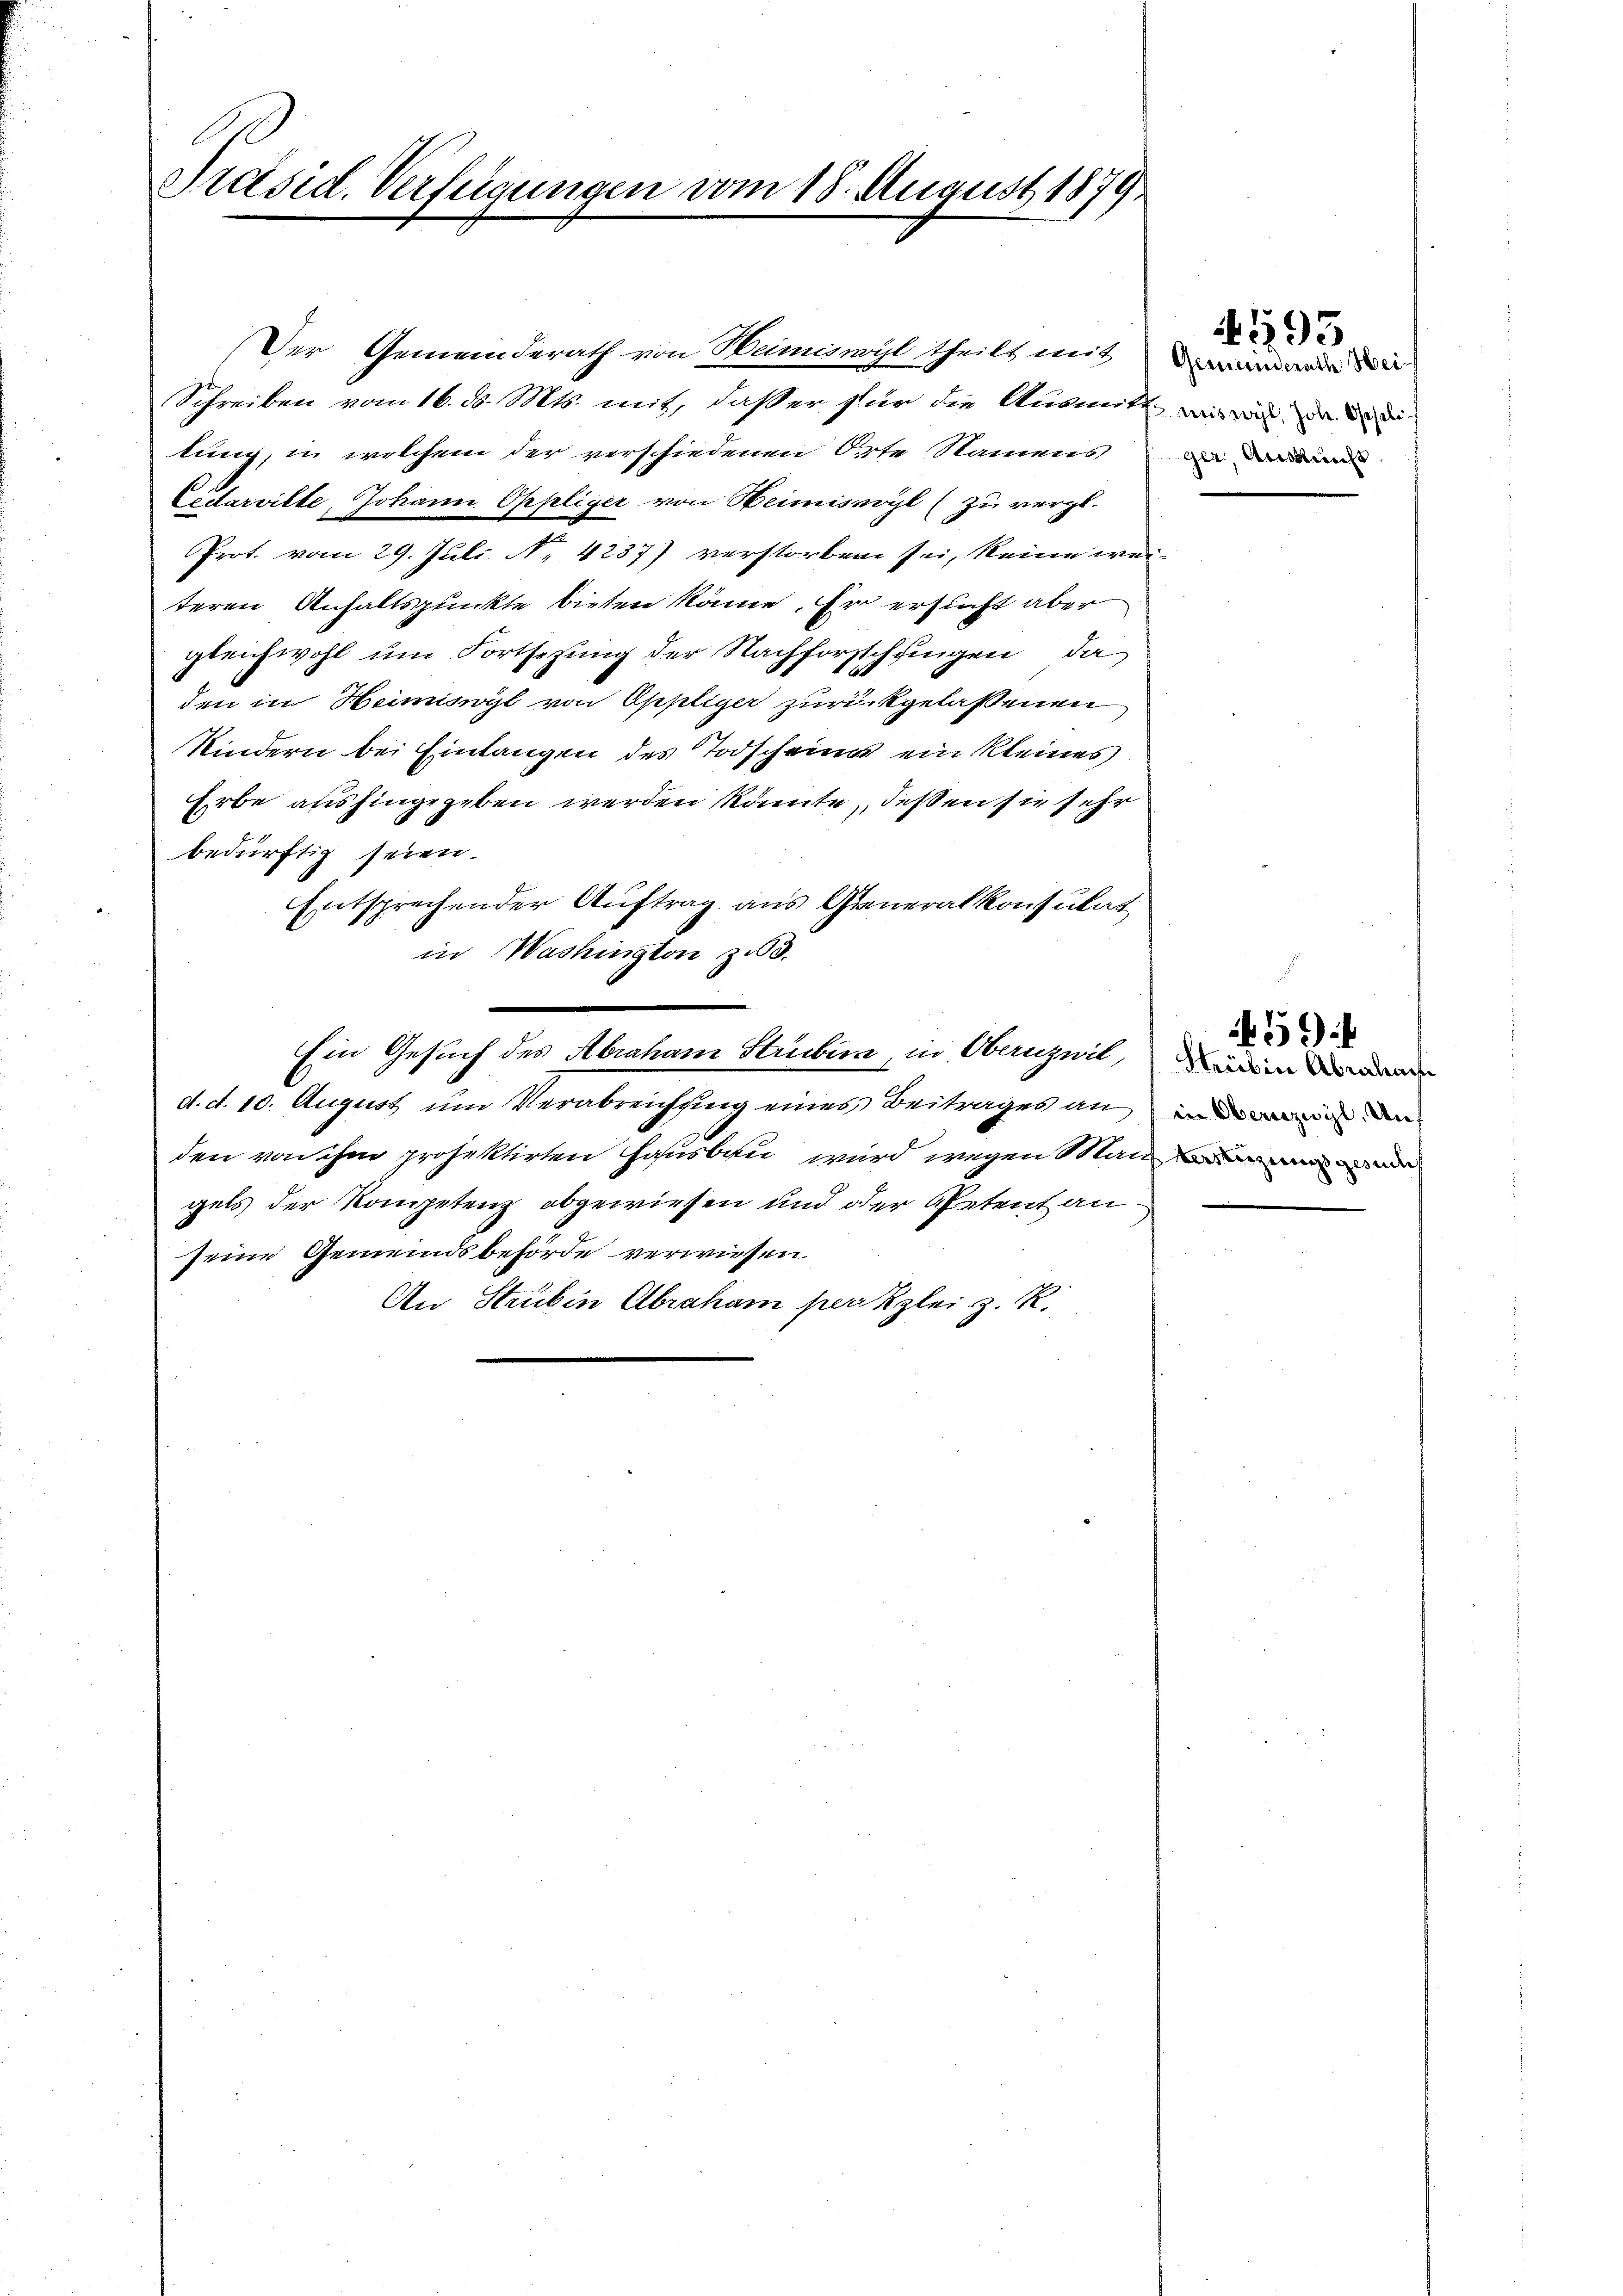
Präsid. Verfügungen vom 18. August 1879

Der Gemeinderath von Heimiswyl theilt mit
Schreiben vom 16. ds. Mts. mit, daß er für die Ausmitt wie war und
lung, in welchem der verschiedenen Orte Namens
Cidarvilte, Johann Oppliger von Heimissvyl (zu vergl.
Prot. vom 29. Juli No 4237) verstorben sei, keine we
teren Anhaltspunkte bieten könne. Er ersucht aber
gleichwohl um Fortsezung der Nachforschungen, da
den in Heimiswyl von Oppliger zurückgelassenen
Kindern bei Einlangen des Todschein ein kleines
Erbe aushingegeben werden könnte, deßen sie sehr
bedürftig seien.
Entsprechender Auftrag aus Generalkonsulat
in Washington zu 3.
e
Ein Gesuch des Abraham Strubin in Obernzeit, in den
d. d. 10. August um Verabreichung eines Beitrages an und in den
den von ihm projektirten Hausbau wird wegen Man
gels der Kompetenz abgewiesen und der Petent an
seine Gemeindsbehörde verwiesen.
An Strubin Abraham per Kleiz. R.

Gemeinderath Heiger, Ausricht

4193

459